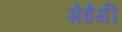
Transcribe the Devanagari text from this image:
गेईगी